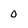
Character: 0